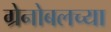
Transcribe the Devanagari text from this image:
ग्रेनोबलच्या